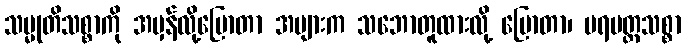
သမ္မုတိသစ္စာကို အမှန်လို့ပြောတာ အများက သဘောတူထားလို့ ပြောတာ၊ ပရမတ္ထသစ္စာ